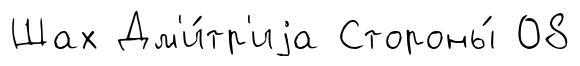
Шах Дм'и́тр'иjа Стороны́ 08